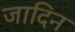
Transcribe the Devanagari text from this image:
जादिन